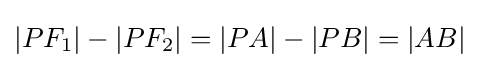
|PF_{1}|-|PF_{2}|=|PA|-|PB|=|AB|